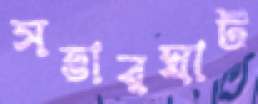
সত্তারঘাট